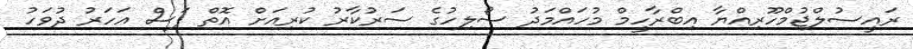
ރައީސުލްޖުމްހޫރިއްޔާ އިބްރާހީމް މުހައްމަދު ސޯލިހުގެ ސަރުކާރު ކުރިއަށް އޮތް ފަސް އަހަރު ދުވަހު